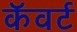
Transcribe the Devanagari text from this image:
कॅवर्ट